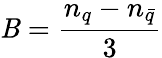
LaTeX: \mathit{B}={\frac{{n_{q}-n_{\bar{{q}}}}}{{3}}}